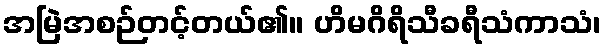
အမြဲအစဉ်တင့်တယ်၏။ ဟိမဂိရိသီခရီသံကာသံ၊